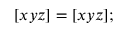
[ x y z ] = [ x y z ] ;